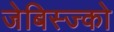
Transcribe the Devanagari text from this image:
जेबिस्ज्को